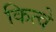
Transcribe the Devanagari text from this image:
कित्वे